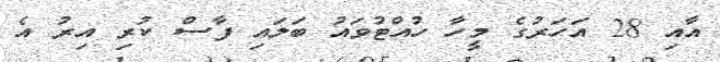
އާއި 28 އަހަރުގެ މީހާ ހުއްޓުވައު ބަލައި ފާސް ކުރި އިރު އެ